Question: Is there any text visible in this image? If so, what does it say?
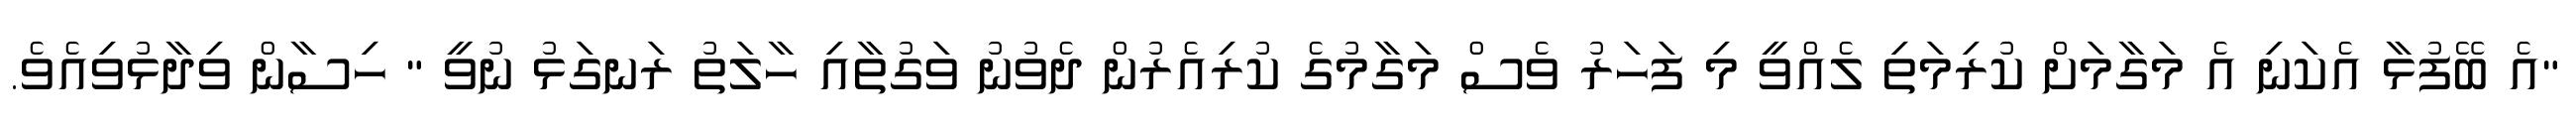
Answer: "އެ ބޭފުޅާ އެކަނި އެ މަގާމަށް ކުރިމަތި ލެއްވީ މި ފަހަރު ވެސް މަގާމުގެ ކުރިއެރުން ދެވުނު ވަގުތާއި ހާލަތު ރަނގަޅު ނުވީ " ހިސާން ވިދާޅުވިއެވެ.